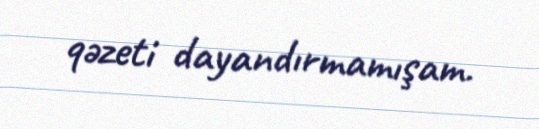
qəzeti dayandırmamışam.